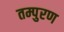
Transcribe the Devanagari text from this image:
तम्पुरण